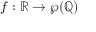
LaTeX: f : \mathbb { R } \to \wp ( \mathbb { Q } )